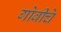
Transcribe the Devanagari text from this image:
गोबीचे